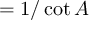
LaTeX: = { 1 / \cot A }